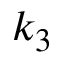
k _ { 3 }